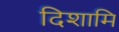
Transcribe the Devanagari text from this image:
दिशामि